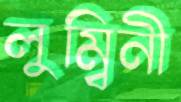
লুম্বিনী